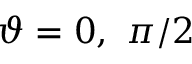
\vartheta = 0 , ~ \pi / 2